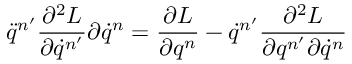
\ddot { q } ^ { n ^ { \prime } } \frac { \partial ^ { 2 } L } { \partial \dot { q } ^ { n ^ { \prime } } } { \partial \dot { q } ^ { n } } = \frac { \partial L } { \partial q ^ { n } } - \dot { q } ^ { n ^ { \prime } } \frac { \partial ^ { 2 } L } { \partial q ^ { n ^ { \prime } } \partial \dot { q } ^ { n } }